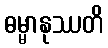
ဓမ္မာနုဿတိ